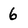
Character: 6